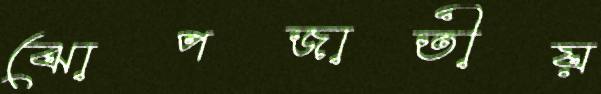
ঝোপজাতীয়